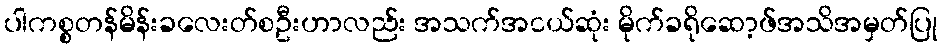
ပါကစ္စတန်မိန်းခလေးတ်စဦးဟာလည်း အသက်အငယ်ဆုံး မိုက်ခရိုဆော့ဖ်အသိအမှတ်ပြု